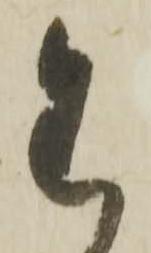
わ